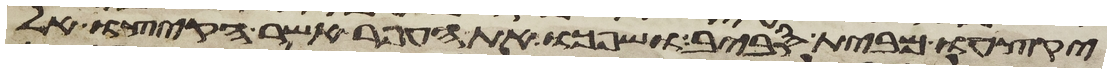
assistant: יקצעו מבית סביב ושפכו את העפר אשר הקיצו אל